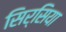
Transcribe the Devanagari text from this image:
सिर्सिया